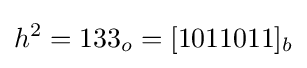
h^{2}=133_{o}=[1011011]_{b}